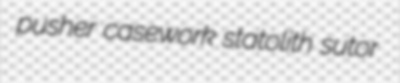
pusher casework statolith sutor